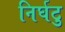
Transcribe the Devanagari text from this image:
निर्घटु